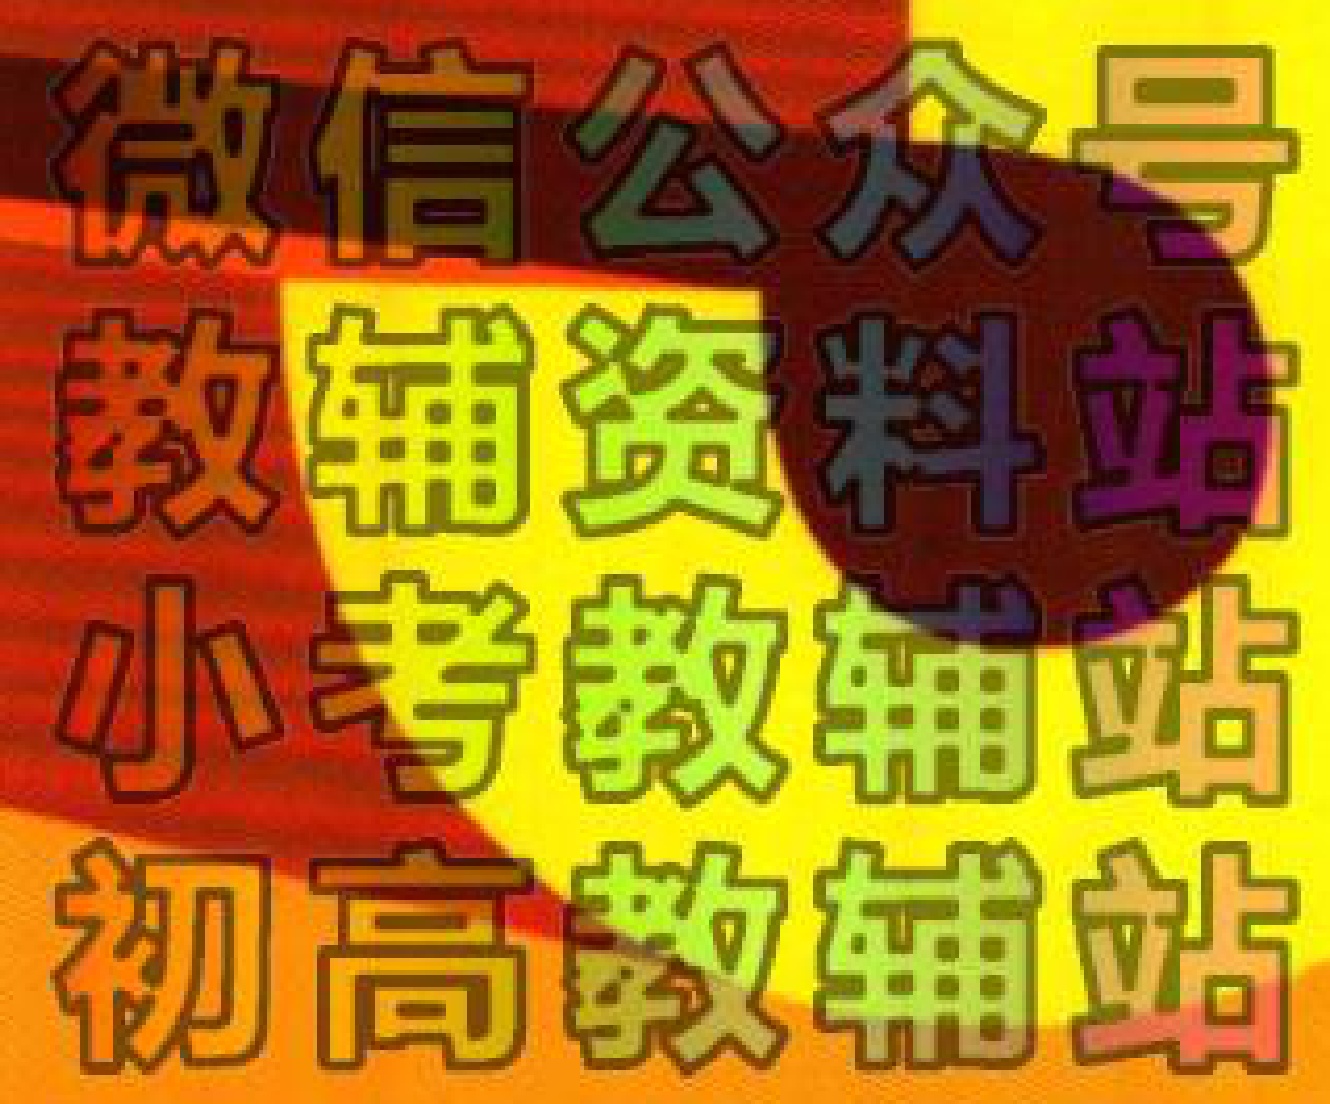
微信公众号
教辅资料站
小考教辅站
初高教辅站